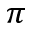
\pi